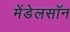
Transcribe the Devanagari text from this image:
मेंडेलसॉन